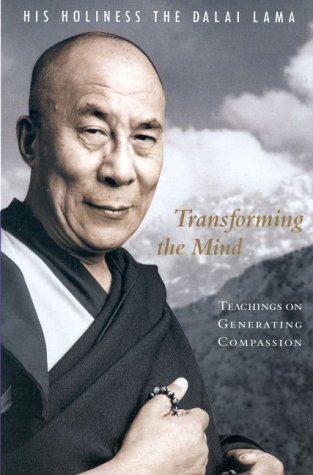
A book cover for Transforming the Mind; Dalai Lama; Religion & Spirituality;